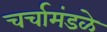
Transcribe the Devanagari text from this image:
चर्चामंडळे